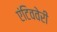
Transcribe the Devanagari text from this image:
एंटिववेरी